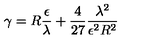
\gamma = R \frac \epsilon \lambda + \frac 4 { 2 7 } \frac { \lambda ^ { 2 } } { \epsilon ^ { 2 } R ^ { 2 } }